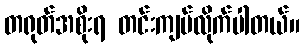
တရုတ်အစိုးရ တင်းကျပ်လိုက်ပါတယ်။